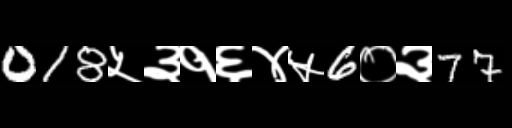
Text: 018५३१६४५6०३77